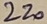
Text: 220